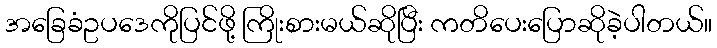
အခြေခံဥပဒေကိုပြင်ဖို့ ကြိုးစားမယ်ဆိုပြီး ကတိပေးပြောဆိုခဲ့ပါတယ်။